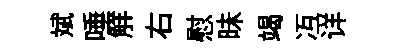
斌唾觧右慰昧竭冱详